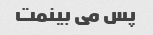
پس می بینمت